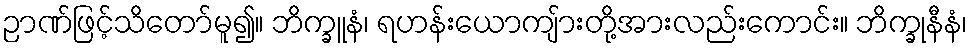
ဉာဏ်ဖြင့်သိတော်မူ၍။ ဘိက္ခူနံ၊ ရဟန်းယောကျ်ားတို့အားလည်းကောင်း။ ဘိက္ခုနီနံ၊